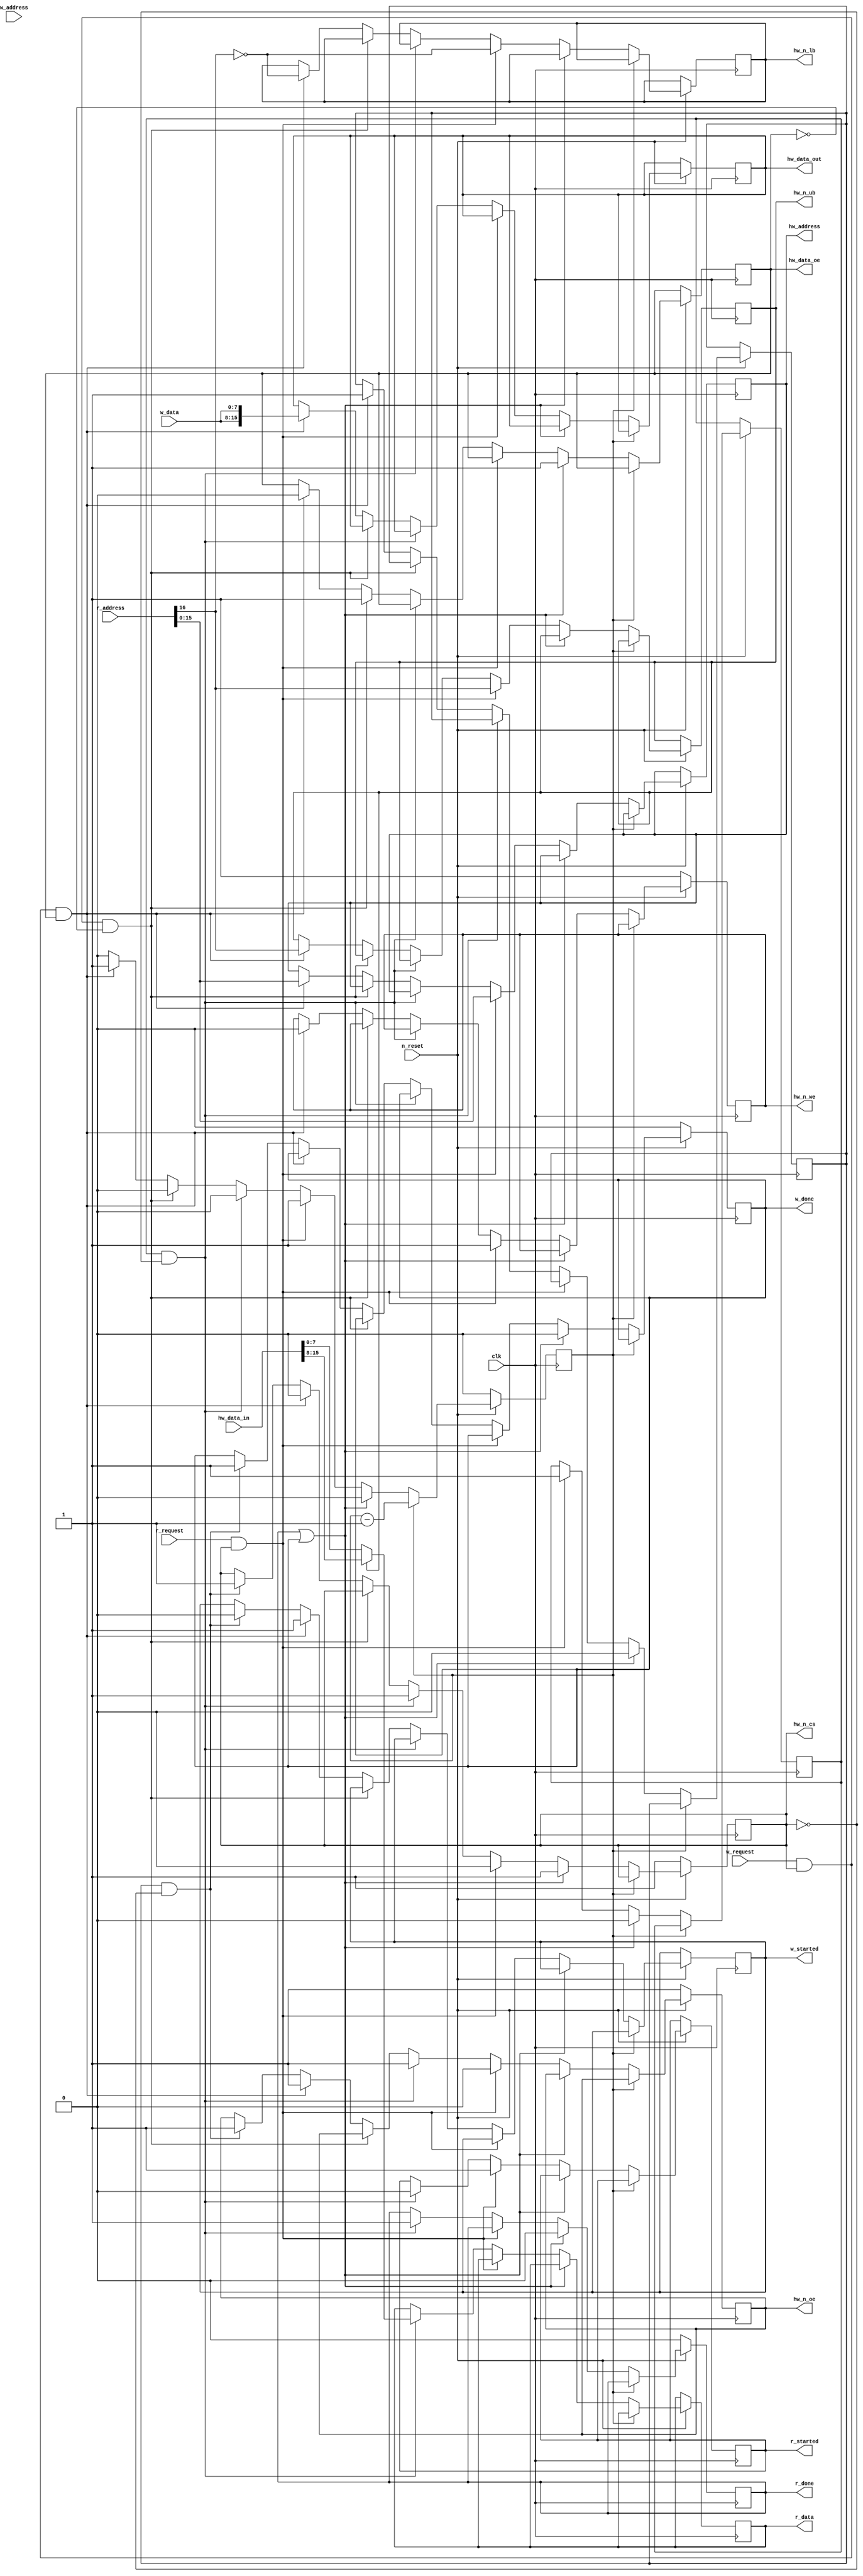
/*****************************************************************************\
*
*  interface to IS61WV6416BLL-10TLI 64kx16 bit SRAM
* 
*  instantiation side: 128kx8 bit
*
*  the clk input is MUST NOT be faster than 100 MHz
*  the inputs may be reset after 1 cycle
*
*  transition chains:
*    read
*      done
*      read request (higher priority then write request)
*      set outputs to memory
*      read reply, reset outputs
*      done
*
*    write
*      done
*      write request
*      enable data output
*      set outputs
*      reset outputs
*      done
*
\*****************************************************************************/

module RAM_IS61WV6416BLL (
    // communication from/to instantiation
    input       [0:0] clk,         // clock
    input       [0:0] n_reset,     // global reset         (low active)
    // reading from memory
    input      [16:0] w_address,   // Address Input
    input       [7:0] w_data,      // Data bi-directional
    input       [0:0] w_request,   // request Input
    output reg  [0:0] w_started,   // started writing
    output reg  [0:0] w_done,      // write done
    // writing to memory
    input      [16:0] r_address,   // Address Input
    output reg  [7:0] r_data,      // Data bi-directional
    input       [0:0] r_request,   // request Input
    output reg  [0:0] r_started,   // started reading
    output reg  [0:0] r_done,      // reply done

    // communication to actual SRAM (harware)
    output reg [15:0] hw_address,  // Address Input
    output reg  [0:0] hw_n_cs,     // Chip Select          (low active)
    output reg  [0:0] hw_n_we,     // Write Enable         (low active)
    output reg  [0:0] hw_n_oe,     // Output Enable        (low active)
    output reg  [0:0] hw_n_ub,     // upper byte selection (low active)
    output reg  [0:0] hw_n_lb,     // lower byte selection (low active)
    input      [15:0] hw_data_in,  // data input
    output reg [15:0] hw_data_out, // data output
    output reg  [0:0] hw_data_oe   // direction of iCE40 data pins
);

    reg [0:0] counter = 0;
    reg [0:0] r_request_int = 0;
    reg [0:0] w_request_int = 0;

    always @ (posedge clk) begin
        if (!n_reset) begin
            r_done  <= 0;
            w_done  <= 0;
            hw_n_we <= 1;
            hw_n_oe <= 1;
            hw_n_cs <= 1;
            counter <= 0;
        end else begin
            if (counter) begin
                counter <= counter-1;
            end else begin
                if (r_done || w_done) begin
                    // reset done signals after one cycle and
                    //  request buffers at the same time
                    r_done        <= 0;
                    w_done        <= 0;
                    r_request_int <= 0;
                    w_request_int <= 0;
                    hw_n_cs       <= 1;
                    hw_data_oe    <= 1;
                    hw_data_oe    <= 1;
                end else if (r_request && hw_n_cs) begin
                    // read request is issued while no access is pending
                    r_request_int <= 1;
                    r_started     <= 1;
                    hw_n_we       <= 1; // todo: access write enable sequentially if required
                    hw_n_oe       <= 0;
                    hw_n_cs       <= 0;
                    hw_n_ub       <=  r_address[16];
                    hw_n_lb       <= !r_address[16];
                    hw_address    <=  r_address[15:0];
                    counter       <= 1;
                end else if (r_request_int && !hw_n_cs) begin
                    // the pending read request should be answered by the SRAM
                    r_started     <= 0;
                    hw_n_oe       <= 1;
                    hw_n_cs       <= 1;
                    r_data        <= hw_n_ub ? hw_data_in[15:8] : hw_data_in[7:0];
                    r_done        <= 1;
                end else if (w_request && hw_n_cs && !hw_data_oe) begin
                    hw_data_oe    <= 1;
                end else if (w_request && hw_n_cs && hw_data_oe) begin
                    // write request is issued while no access is pending
                    w_request_int <= 1;
                    w_started     <= 1;
                    hw_n_we       <= 0; // TODO: access write enable sequentially if required
                    hw_n_oe       <= 1;
                    hw_n_cs       <= 0;
                    hw_data_oe    <= 0;
                    hw_n_ub       <=  r_address[16];
                    hw_n_lb       <= !r_address[16];
                    hw_address    <=  r_address[15:0];
                    hw_data_out   <= {w_data, w_data};
                    counter       <= 1;
                end else if (w_request_int && !hw_n_cs) begin
                    // the pending write request should be answered by the SRAM
                    w_started     <= 0;
                    hw_n_oe       <= 1;
                    hw_n_cs       <= 1;
                    w_done        <= 1;
                end else begin
                    // no request -> nothing to do
                end
            end
        end
    end
endmodule